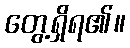
တွေ့ရှိရ၏။